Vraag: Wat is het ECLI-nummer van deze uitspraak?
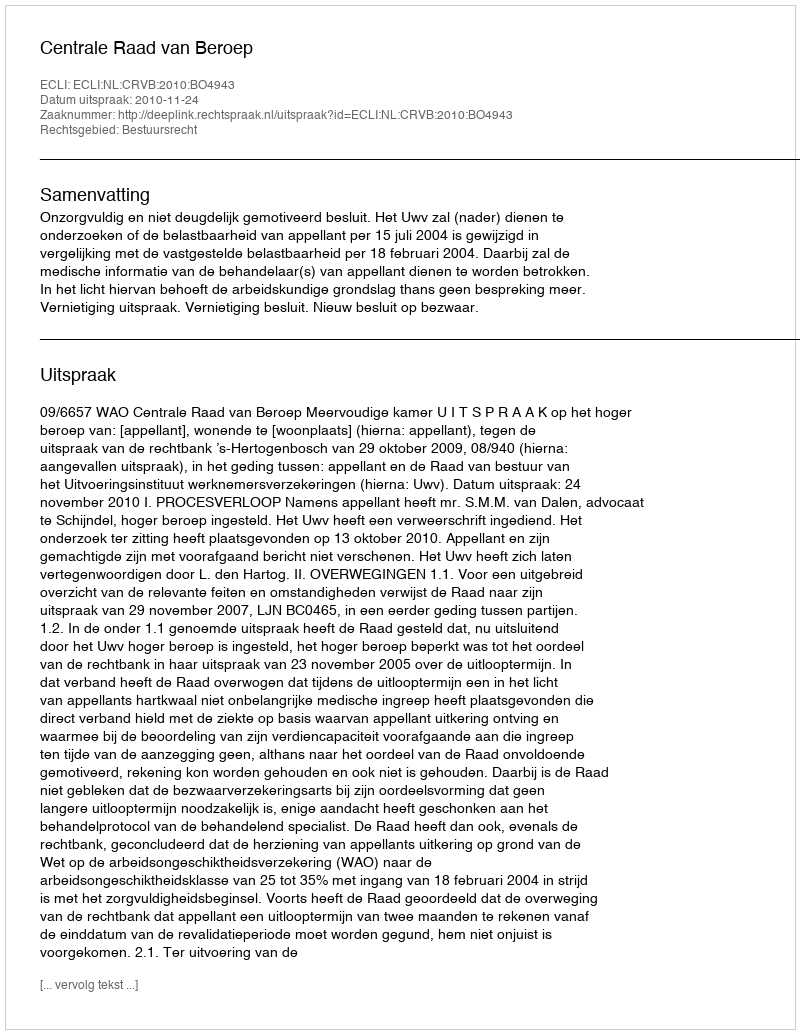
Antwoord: ECLI:NL:CRVB:2010:BO4943